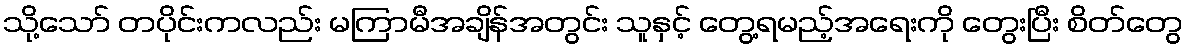
သို့သော် တပိုင်းကလည်း မကြာမီအချိန်အတွင်း သူနှင့် တွေ့ရမည့်အရေးကို တွေးပြီး စိတ်တွေ